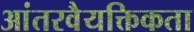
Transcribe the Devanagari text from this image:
आंतरवैयक्तिकता